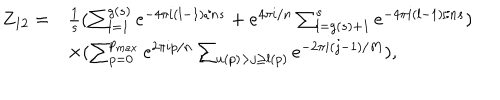
\begin{array} { l l } { { Z _ { 1 2 } = } } & { { \frac { 1 } { s } ( \sum _ { l = 1 } ^ { g ( s ) } e ^ { - 4 \pi i ( l - 1 ) / n s } + e ^ { 4 \pi i / n } \sum _ { l = g ( s ) + 1 } ^ { s } e ^ { - 4 \pi i ( l - 1 ) / n s } ) } } \\ { { } } & { { \times ( \sum _ { p = 0 } ^ { p _ { m a x } } e ^ { 2 \pi i p / n } \sum _ { u ( p ) > j \geq l ( p ) } e ^ { - 2 \pi i ( j - 1 ) / M } ) , } } \\ \end{array}